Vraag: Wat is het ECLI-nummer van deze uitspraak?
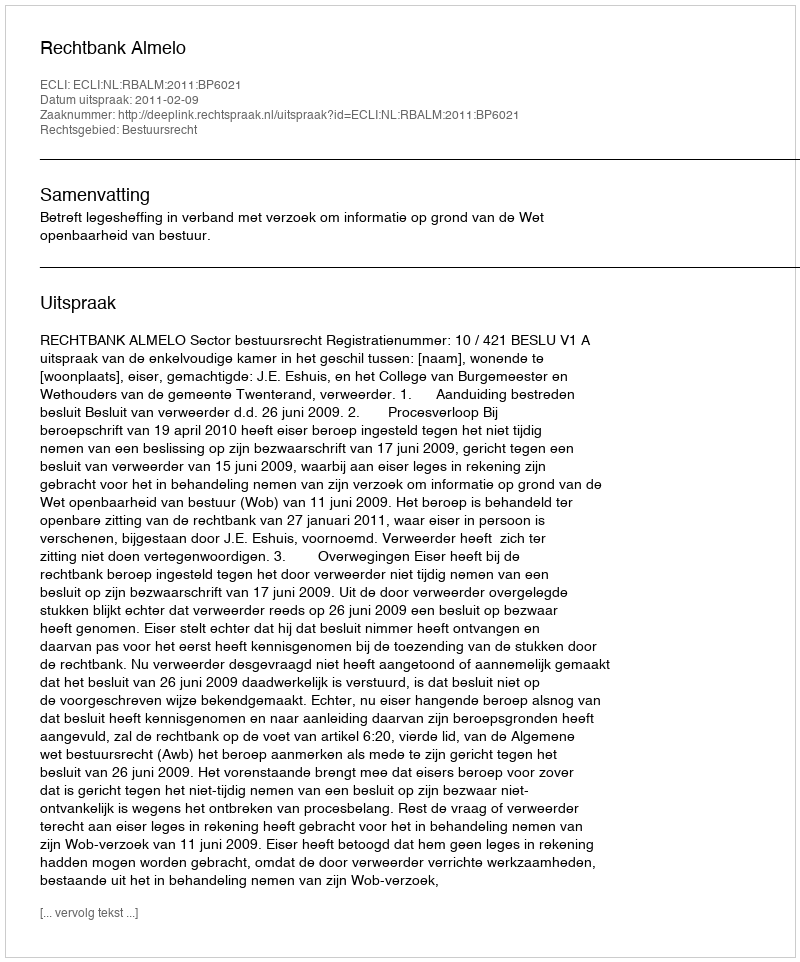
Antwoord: ECLI:NL:RBALM:2011:BP6021